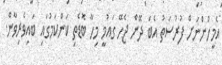
އެމީހުންނަށް ފުރުސަތު އެބަ ދޭން ޖެހޭ ގައުމީ މިހާ ބޮޑެތި ކަންކަމުގައި ބައިވެރިވާން.